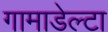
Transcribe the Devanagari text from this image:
गामाडेल्टा